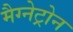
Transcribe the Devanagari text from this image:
मैग्नेट्रोन